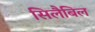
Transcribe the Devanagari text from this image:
सिलैबिल